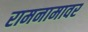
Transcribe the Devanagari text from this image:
रामनामावर